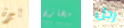
بيرة مخازن رجل